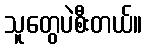
သူတွေပဲစီးတယ်။